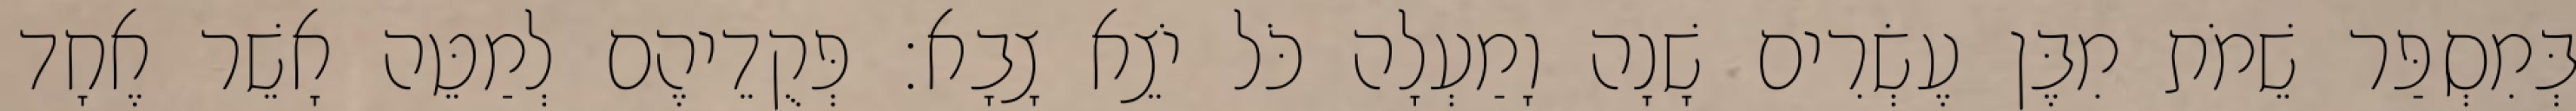
בְּמִסְפַּר שֵׁמֹת מִבֶּן עֶשְׂרִים שָׁנָה וָמַעְלָה כֹּל יֹצֵא צָבָא׃ פְּקֻדֵיהֶם לְמַטֵּה אָשֵׁר אֶחָד